Indian journal of veterinary science and animal husbandry - Volume 3,
Year: 1933
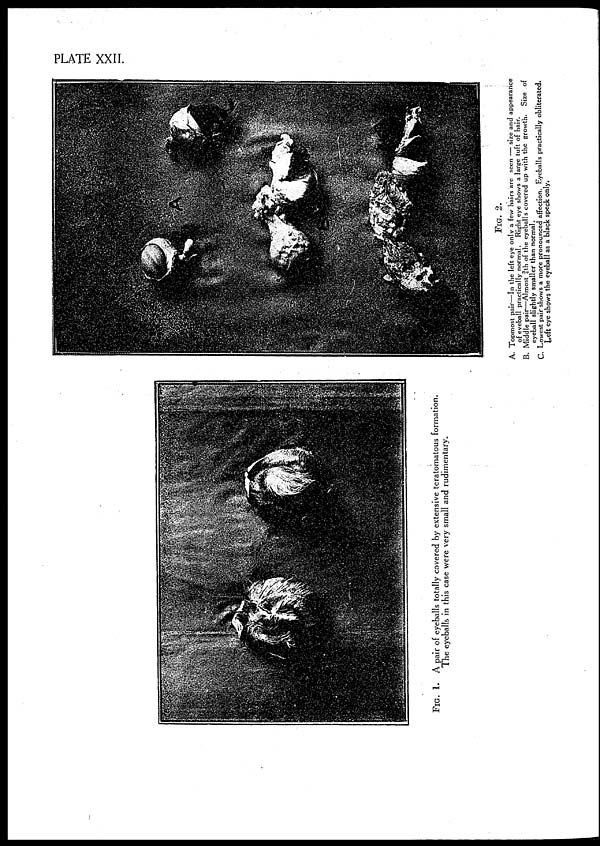
PLATE XXII.
FIG.
1. A pair of eyeballs totally covered by extensive teratomatous formation.
The eyeballs in this case were very small and rudimentary.
FIG. 2.
A. Topmost pair—In the left eye only a few hairs are seen — size and appearance
of eyeball practically normal. Right eye shows a large tuft of hair.
B. Middle pair—Almost ¾th of the eyeballs covered up with the growth. Size of
eyeball slightly smaller than normal.
C. Lowest pair shows a more pronounced affection. Eyeballs practically obliterated.
Left eye shows the eyeball as a black speck only.